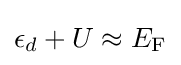
\epsilon _{d}+U\approx E_{\rm {F}}